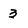
Character: 3